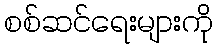
စစ်ဆင်ရေးများကို